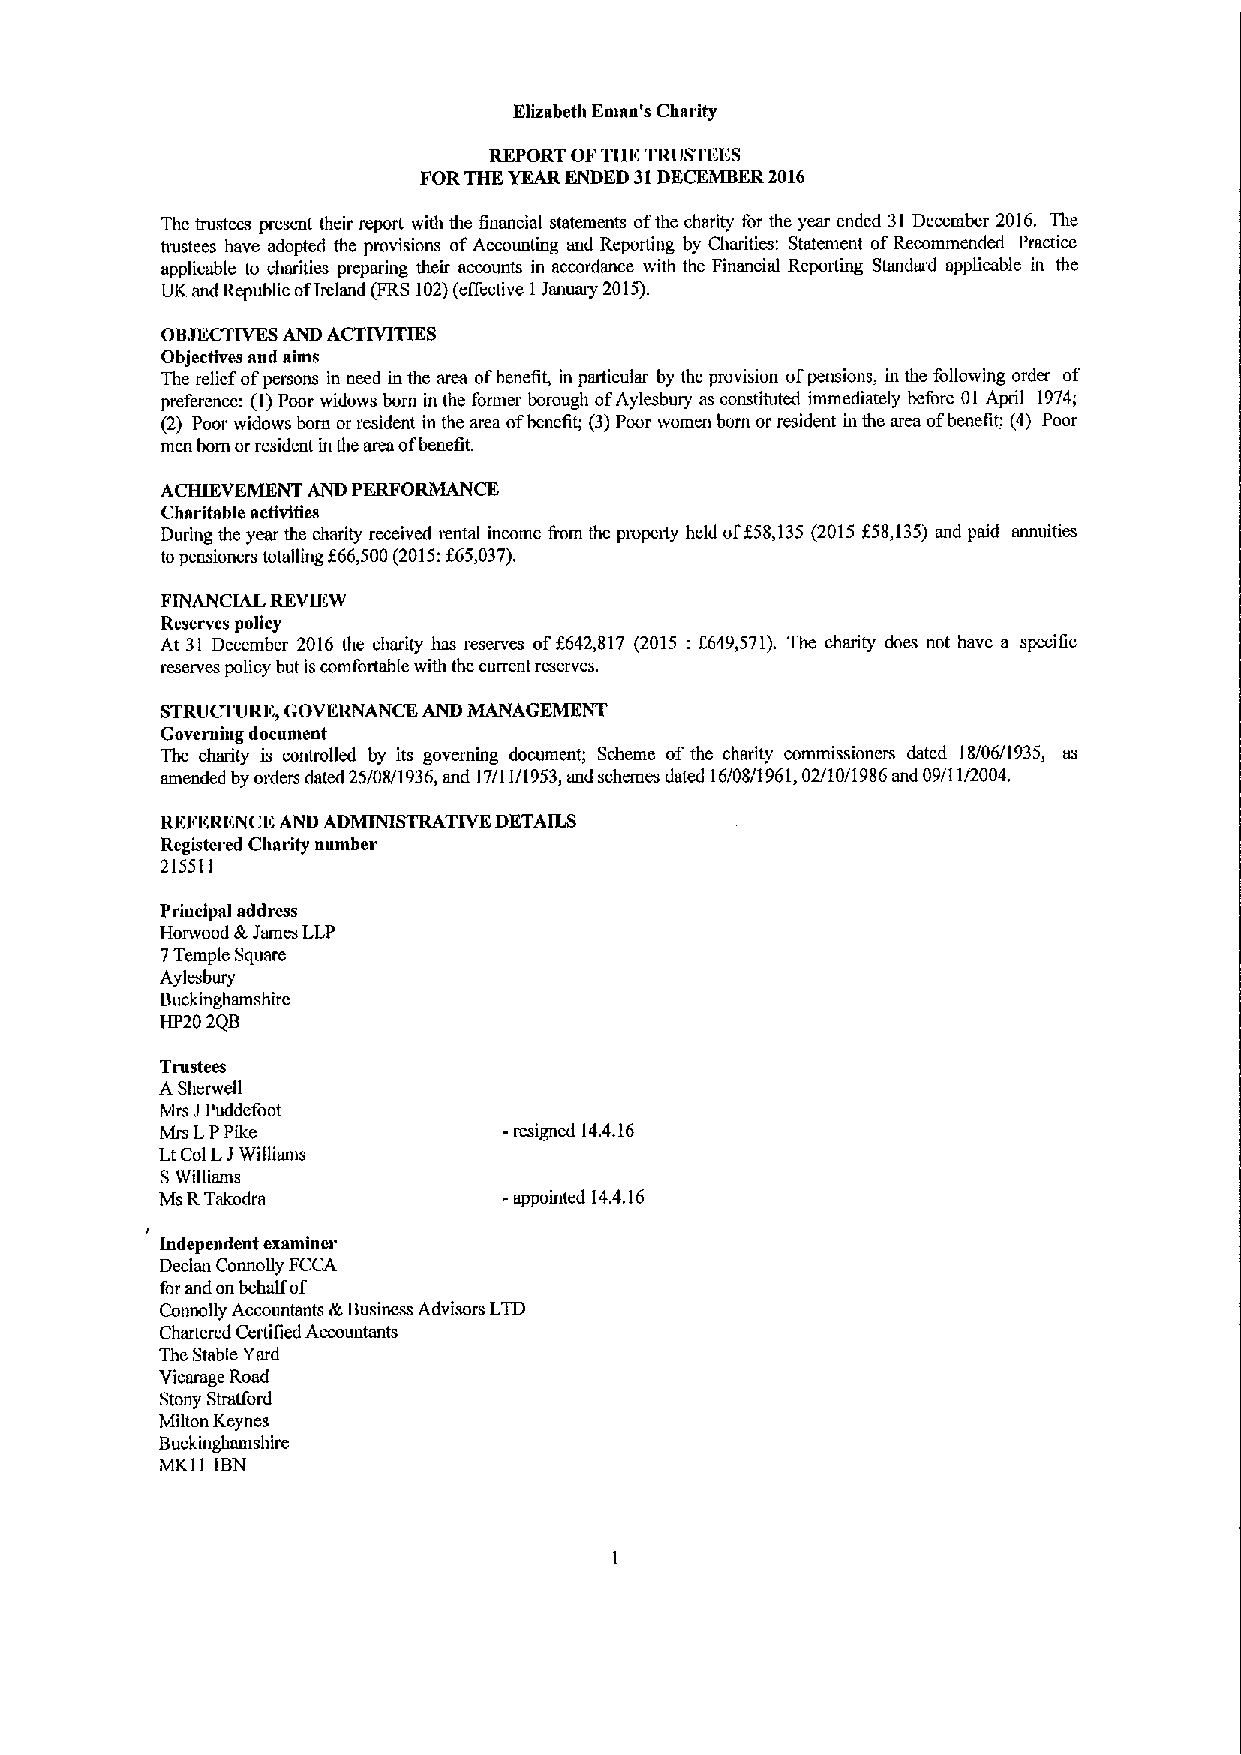
Elizabeth Eman's Charity
 REPORT OFTHE TRUSTEES
 Ii'OR THEYEARENDED 31DECEMBER2016
 The trustees present their report with the financial statements ofthe charity for the year ended 31 December 2016. The
 trustees have adopted the provisions ofAccounting and Reporting by Charities: Statement ofRecommended Practice
 applicable to charities preparing their accounts in accordance with the Financial Reporting Standard applicable in the
 UK and Republic ofIreland (FRS102)(elective 1January 2015).
 OBJECTIVES AND ACTIVITIES
 Objectives and aims
 The relief ofpersons in need in the area ofbenefit, in particular by the provision ofpensions, in the following order of
 preference: (I)Poor widows born in the former borough ofAylesbury as constituted immediately before 01 April 1974;
 (2) Poor widows born or resident in the area ofbenefit; (3)Poor women born or resident in the area ofbenefit; (4) Poor
 men born orresident inthe area ofbenefit.
 ACHIEVEMENT AND PERFORMANCE
 Charitable activities
 f
 During the year the charity received n:ntal income fmm the pmpeity held of 58,135(2015 858,135)and paid annuities
 topensioners totalling f66,500(2015:f65,037).
 FINANCIAL REVIEW
 Reserves policy
 At 31 December 2016 the charity has reserves of6642,817 (2015:f649,571). The charity does not have a specific
 mserves policy but iscomfortable with the current reserves.
 STRUCTURE& GOVERNANCE AND MANAGEMENT
 Governing document
 The charity is controlled by its governing document; Scheme of the charity commissioners dated 18/06/1935, as
 amended by orders dated 25/08/1936, and 17/11/1953,and schemes dated 16/08/1 961,02/10/1986 and 09/11/2004.
 REFERENCE AND ADMINISTRATIVE DETAILS
 Registered Charity number
 215511
 Priacipal addrms
 Horwood JtJames LLP
 7Temple Square
 Aylesbury
 Buckinghamshire
 HP20 2QB
 Trustees
 ASherwctl
 Mrs JPuddefoot
 Mrs LPPike            -resigned 14.4.16
 LtCol LJWilliams
 SWilliams
 Ms RTakodra           -appointed 14.4.16
 Indepeadent examiner
 Declan Connofiy FCCA
 for and onbehalf of
 Connolly Accountants &Business Advisors LTD
 Chartered Certified Accountants
 The Stable Yard
 Vicarage Road
 Stony Stratford
 Milton Keynes
 Buckinghamshire
 MK11 IBN